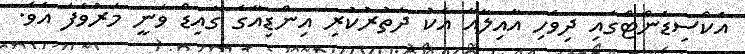
އެކްސިޑެންޓްގައި ދިވެހި އާއިލާއާ އެކު ދަތުރުކުރި އިންޑިއާގެ ގައިޑް ވަނީ މަރުވެފަ އެވެ.